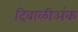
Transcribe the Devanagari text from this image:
दिवाळीअंक